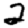
Digit: 2